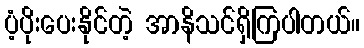
ပံ့ပိုးပေးနိုင်တဲ့ အာနိသင်ရှိကြပါတယ်။